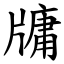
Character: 牗